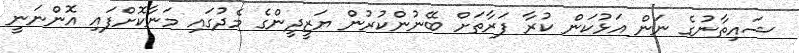
ޝައިތާނުގެ ނަން އަޅުކަން ކުރާ ފަރާތަށް ބޭނުންކުރުން ޔަޒީދީންގެ މެދުގައި މަނާކޮށްފައި އޮންނަނީ